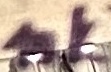
Text: 10K